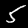
Label: 5